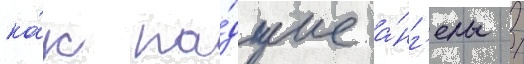
ка́к па́дшие а́нг'елы /